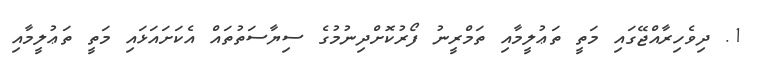
1. ދިވެހިރާއްޖޭގައި މަތީ ތަޢުލީމާއި ތަމްރީނު ފޯރުކޮށްދިނުމުގެ ސިޔާސަތުތައް އެކަށައަޅައި މަތީ ތަޢުލީމާއި